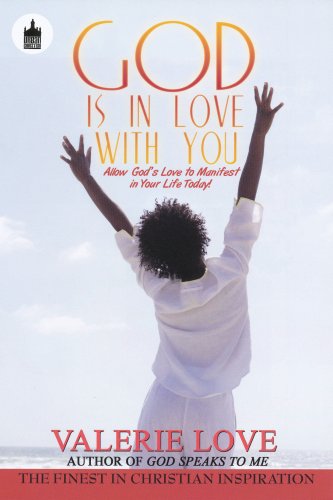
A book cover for God is in Love With You; Valerie Love; Christian Books & Bibles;